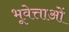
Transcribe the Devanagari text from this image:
भूवेत्ताओं